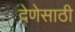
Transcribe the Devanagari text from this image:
देणेसाठी